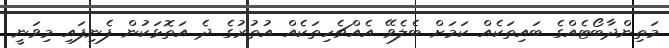
މަތިންދާބޯޓެއްގެ ބައިތަކެއް ކަމަށް ބެލެވޭ އެއްޗެހިތަކެއް އުތުރުގެ ދެ އަތޮޅަކުން ފެނިފައި މިވަނީ